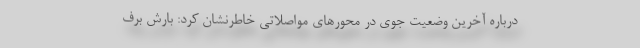
درباره آخرین وضعیت جوی در محورهای مواصلاتی خاطرنشان کرد: بارش برف